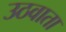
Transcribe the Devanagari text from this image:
उठवाता